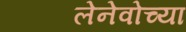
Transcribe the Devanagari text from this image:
लेनेवोच्या